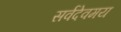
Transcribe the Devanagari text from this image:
सर्वदेवमय